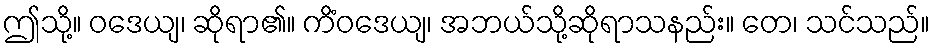
ဤသို့။ ဝဒေယျ၊ ဆိုရာ၏။ ကိံဝဒေယျ၊ အဘယ်သို့ဆိုရာသနည်း။ တေ၊ သင်သည်။